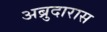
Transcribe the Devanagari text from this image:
अब्रुदारास